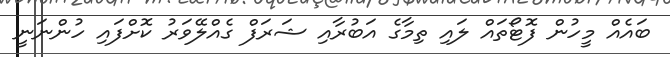
ބައެއް މީހުން ފޮޓޯތައް ލައި ތިމާގެ އަބުރާއި ޝަރަފް ގެއްލޭވަރު ކޮށްފައި ހުންނަނީ